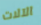
الآلات